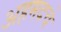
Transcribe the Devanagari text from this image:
अहमदचे